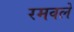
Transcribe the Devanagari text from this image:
रमवले